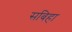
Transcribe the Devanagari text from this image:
सबिहा